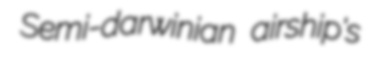
Semi-darwinian airship's